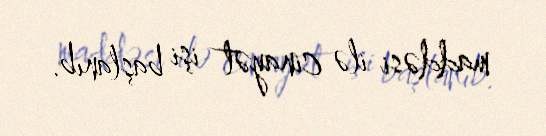
maddəsi ilə cinayət işi başlanıb.